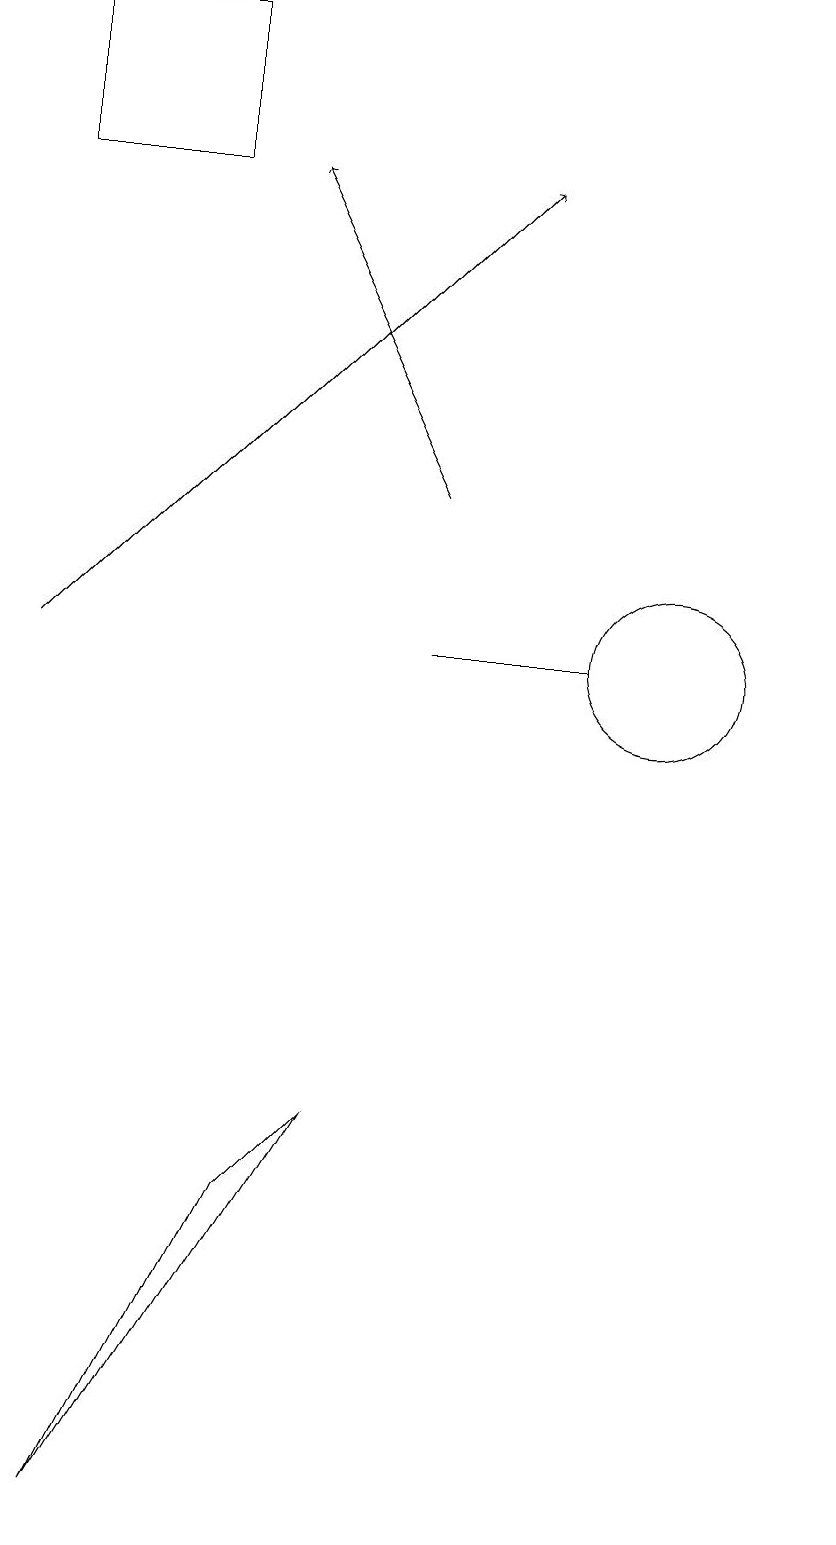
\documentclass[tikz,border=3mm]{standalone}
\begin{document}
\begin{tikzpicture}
\draw[->] (7,13) -- (5,17);
\draw[->] (2,11) -- (8,17);
\draw (12,11) circle (0);
\draw (9,11) rectangle (7,11);
\draw (2,19) rectangle (4,17);
\draw (6,5) -- (5,4) -- (3,0) -- cycle;
\draw (10,11) circle (1);
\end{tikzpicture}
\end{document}